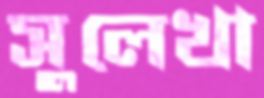
সুলেখা